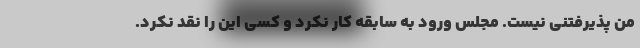
من پذیرفتنی نیست. مجلس ورود به سابقه کار نکرد و کسی این را نقد نکرد.